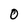
Character: 0